画像に写った文字を読んでください
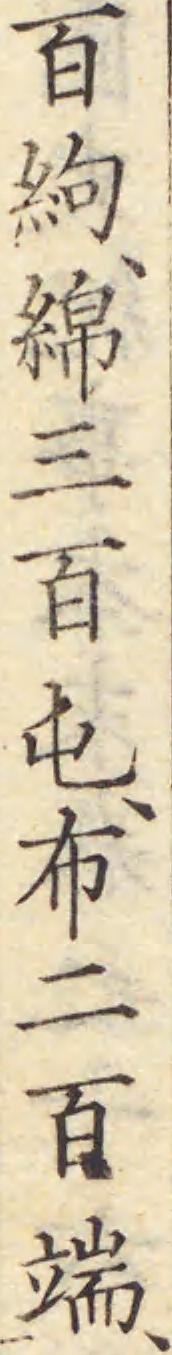
「百絇、綿三百屯、布二百端、」と書いてあります